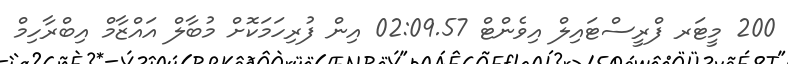
200 މީޓަރ ފްރީސްޓައިލް އިވެންޓް 02:09.57 އިން ފުރިހަމަކޮށް މުބާލް އައްޒާމް އިބްރާހިމް